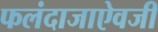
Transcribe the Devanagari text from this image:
फलंदाजाऐवजी